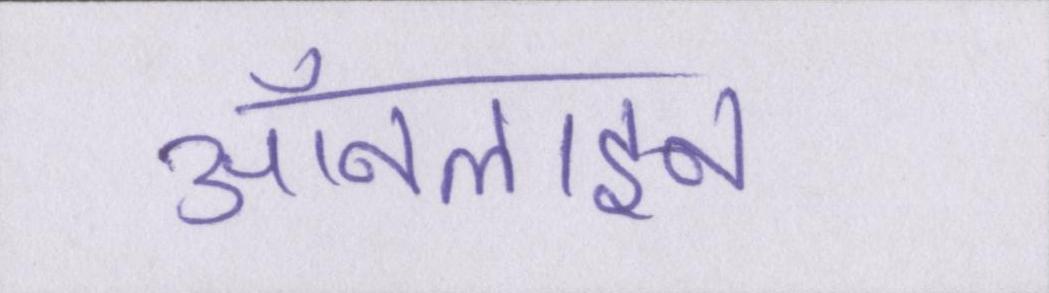
ऑनलाइन